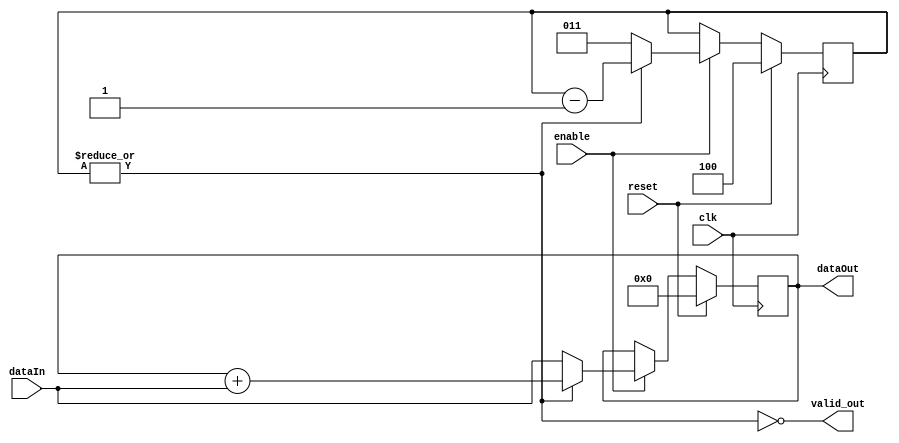
`timescale 1ns / 1ps



module RV_accumlate#(

    parameter DATAW = 8,
    parameter N     = 4

)(
    
    input  wire clk,
    input  wire reset,
    input  wire enable,
    input  wire [DATAW-1 : 0] dataIn,
    output wire [DATAW-1 : 0] dataOut,
    output wire valid_out
    
);

    reg [DATAW-1 : 0] accum_reg;
    //reg valid_r;
    reg [$clog2(N) : 0] counter;
    
    always@(posedge clk)
    begin
    
        if(reset)
        begin
        
            accum_reg <= 0;
            counter   <= N;
            //valid_r <= 0;
            
        end
        else begin
            //valid_r <= ~(|counter);
            if(enable)
            begin
            
                accum_reg <= valid_out ? dataIn : accum_reg + dataIn;
                counter   <= valid_out ? N-1 : counter - 1'b1;
                
            
            end
        
        end
    
    end
    
    assign valid_out = ~(|counter);
    assign dataOut   = accum_reg;
    
endmodule